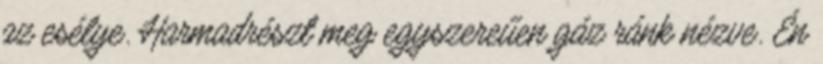
az esélye. Harmadrészt meg egyszereűen gáz ránk nézve. Én